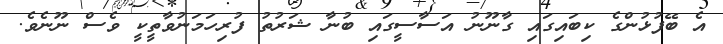
އެ ބޭފުޅުންގެ ކިބައިގައި ގާނޫނު އަސާސީގައި ބުނާ ޝަރުތު ފުރިހަމަނުވާތީކީ ވެސް ނޫނެވެ.